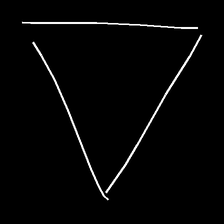
Glyph: convergence